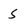
Character: 5